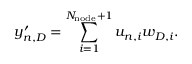
y _ { n , D } ^ { \prime } = \sum _ { i = 1 } ^ { N _ { \mathrm { n o d e } } + 1 } u _ { n , i } w _ { D , i } .